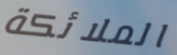
الملائكة